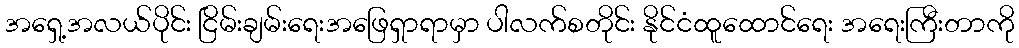
အရှေ့အလယ်ပိုင်း ငြိမ်းချမ်းရေးအဖြေရှာရာမှာ ပါလက်စတိုင်း နိုင်ငံထူထောင်ရေး အရေးကြီးတာကို